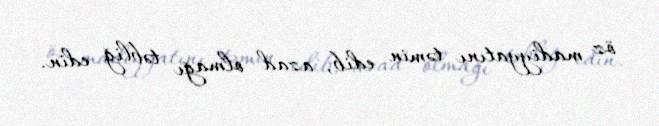
öz madiyyatını təmin edib, azad olmağı təbliğ edin.